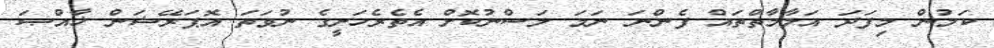
ކަމުން މިފަދަ އަލާމާތްތައް ފެންނަ ނަމަ ލަސްނުކޮށް އެތެރެހަށީގެ ނުވަތަ އޮޕަރޭޝަން ޚާއްޞަ